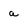
Character: a